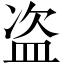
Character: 盗